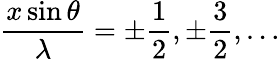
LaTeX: {\frac{x\sin\theta}{\lambda}}=\pm{\frac{1}{2}},\pm{\frac{3}{2}},\ldots